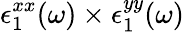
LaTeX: \epsilon_{1}^{xx}(\omega)\times\epsilon_{1}^{yy}(\omega)